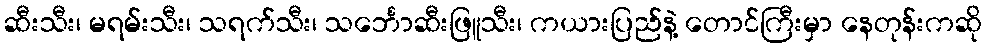
ဆီးသီး၊ မရမ်းသီး၊ သရက်သီး၊ သင်္ဘောဆီးဖြူသီး၊ ကယားပြည်နဲ့ တောင်ကြီးမှာ နေတုန်းကဆို